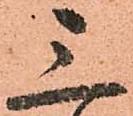
三